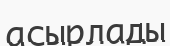
асырлады